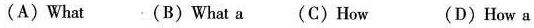
(A) What (B) What a (C) How (D) How a